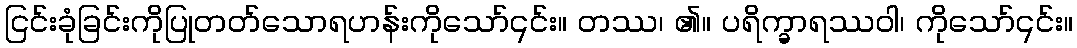
ငြင်းခုံခြင်းကိုပြုတတ်သောရဟန်းကိုသော်၎င်း။ တဿ၊ ၏။ ပရိက္ခာရဿဝါ၊ ကိုသော်၎င်း။